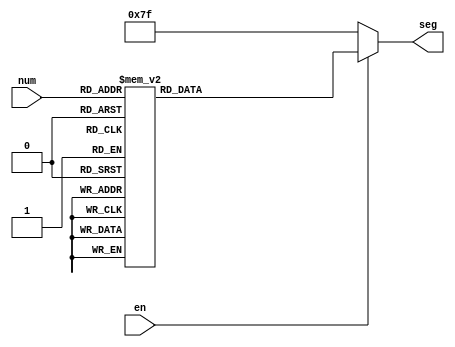
module turn7seg(input en,input [3:0]num, output reg[6:0] seg);
	always @*
		if(en) begin
			case(num)
					4'd0:seg=7'b1000000;
					4'd1:seg=7'b1111001;
					4'd2:seg=7'b0100100;
					4'd3:seg=7'b0110000;
					4'd4:seg=7'b0011001;
					4'd5:seg=7'b0010010;
					4'd6:seg=7'b0000010;
					4'd7:seg=7'b1111000;
					4'd8:seg=7'b0000000;
					4'd9:seg=7'b0010000;
					4'd10:seg=7'b0001000;
					4'd11:seg=7'b0000011;
					4'd12:seg=7'b1000110;
					4'd13:seg=7'b0100001;
					4'd14:seg=7'b0000110;
					4'd15:seg=7'b0001110;
					default: seg = 7'b1111111;
			endcase
		end else begin
			seg = {7{1'b1}};
		end
endmodule